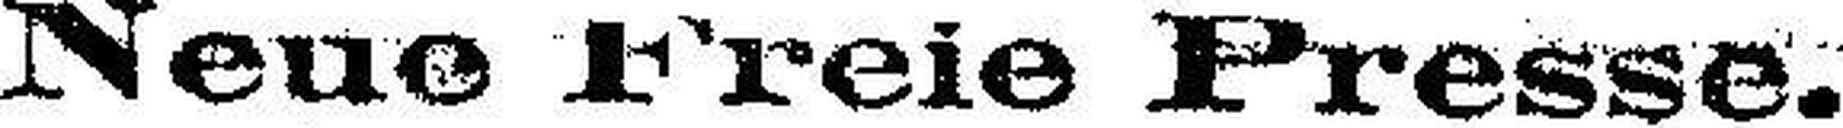
Neue Freie Presse.